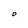
Character: D